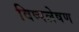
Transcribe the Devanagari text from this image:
विष्पलेषण